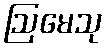
ဩမေသု